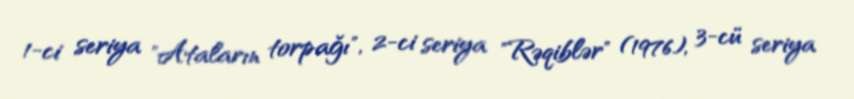
1-ci seriya "Ataların torpağı", 2-ci seriya "Rəqiblər" (1976), 3-cü seriya